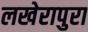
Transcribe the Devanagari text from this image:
लखेरापुरा